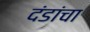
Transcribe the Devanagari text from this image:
दंडांचा